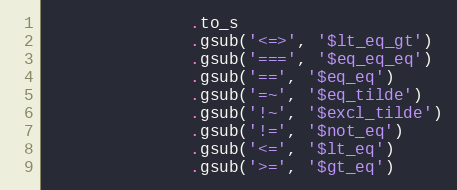
Language: Ruby
               .to_s
               .gsub('<=>', '$lt_eq_gt')
               .gsub('===', '$eq_eq_eq')
               .gsub('==', '$eq_eq')
               .gsub('=~', '$eq_tilde')
               .gsub('!~', '$excl_tilde')
               .gsub('!=', '$not_eq')
               .gsub('<=', '$lt_eq')
               .gsub('>=', '$gt_eq')